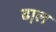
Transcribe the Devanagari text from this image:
ढा़ल